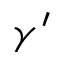
\gamma ^ { \prime }